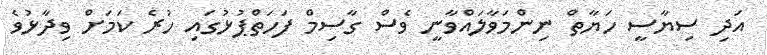
އަދި ސިޔާސީ ހަޔާތް ނިންމަވާލައްވާނީ ވެސް ގާސިމް ފަހަތްޕުޅުގައި ހުރެ ކަމަށް ވިދާޅުވެ